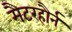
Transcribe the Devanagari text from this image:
मैटरहौर्न